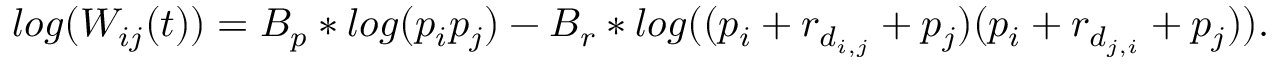
l o g ( W _ { i j } ( t ) ) = B _ { p } * l o g ( p _ { i } p _ { j } ) - B _ { r } * l o g ( ( p _ { i } + r _ { d _ { i , j } } + p _ { j } ) ( p _ { i } + r _ { d _ { j , i } } + p _ { j } ) ) .